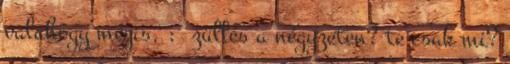
valahogy mégis. : züllés a négyzeten? te csak mi?